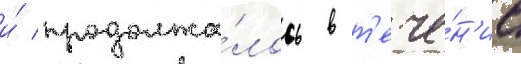
и́ продолжа́лось в т'ече́н'ие